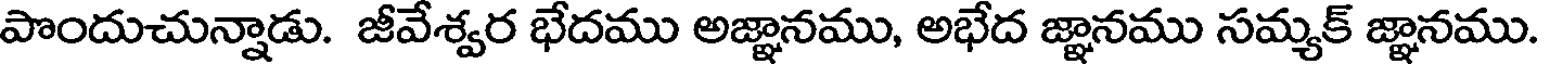
పొందుచున్నాడు. జీవేశ్వర భేదము అజ్ఞానము, అభేద జ్ఞానము సమ్యక్ జ్ఞానము.